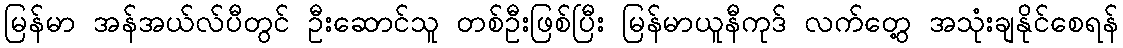
မြန်မာ အန်အယ်လ်ပီတွင် ဦးဆောင်သူ တစ်ဦးဖြစ်ပြီး မြန်မာယူနီကုဒ် လက်တွေ့ အသုံးချနိုင်စေရန်